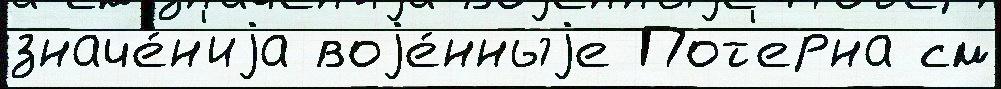
значе́н'иjа воjе́нныjе Пот'ерна см